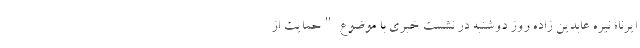
ایرنا؛ نیره عابدین زاده روز دوشنبه در نشست خبری با موضوع "حمایت از